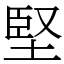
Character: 堅